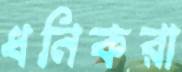
ধনিকরা